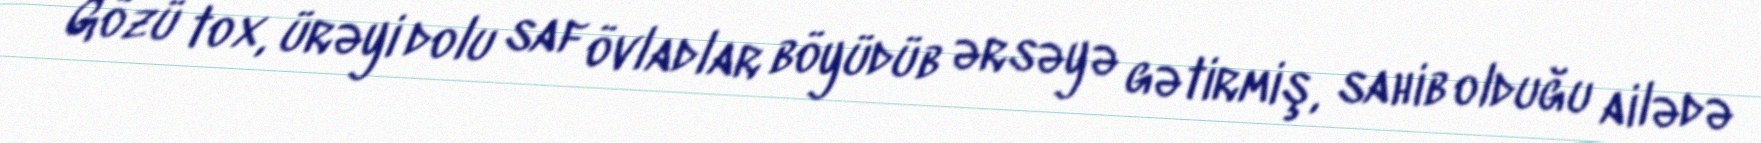
Gözü tox, ürəyi dolu saf övladlar böyüdüb ərsəyə gətirmiş, sahib olduğu ailədə